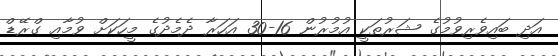
އަދި ބައިވެރިވުމުގެ ޝަރުތަކީ އުމުރުން 16-30 އަހަރާ ދެމެދުގެ މީހަކަށް ވުމާއި ގްރޭޑް